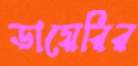
ডায়েরির